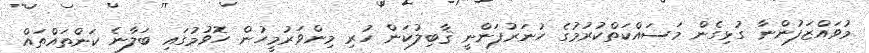
މުވައްޒަފުންނާ ގުޅިގެން މަސައްކަތްކުރުމުގެ ހުނަރުފަންނީ ޤާބިލުކަން ހުރި މިންވަރުމީހުން ހޮވުމުގައި ބަލާނެ ކަންތައްތައް